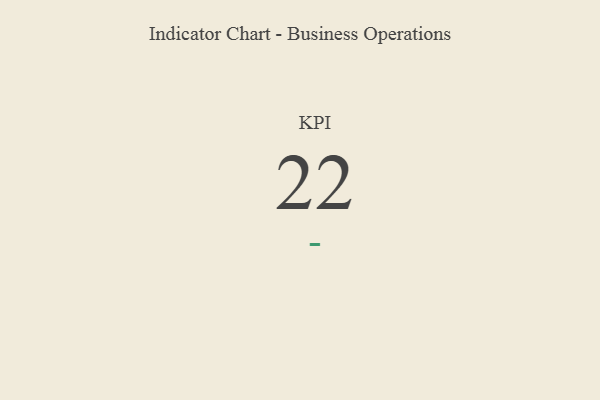
{"axis": {"x": "KPI", "y": "Value"}, "legend": [""], "data": [{"x": "KPI", "y": 22, "type": ""}]}